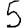
Digit: 5